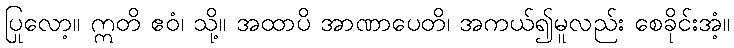
ပြုလော့။ ဣတိ ဧဝံ၊ သို့။ အထာပိ အာဏာပေတိ၊ အကယ်၍မူလည်း စေခိုင်းအံ့။